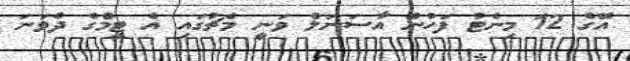
އޭގެ 12 މިނެޓު ފަހުން އާސަނަލް ވަނީ މެޗުގައި އެ ޓީމްގެ ދެވަނަ